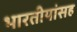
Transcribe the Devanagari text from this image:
भारतीयांसह